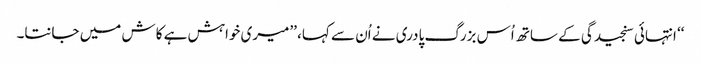
‘‘ انتہائی سنجیدگی کے ساتھ اُس بزرگ پادری نے اُن سے کہا، ’’میری خواہش ہے کاش میں جانتا۔